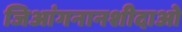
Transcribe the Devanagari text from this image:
जिआंगनानशीदाओ